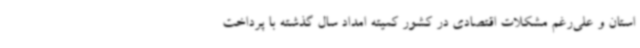
استان و علی‌رغم مشکلات اقتصادی در کشور کمیته امداد سال گذشته با پرداخت